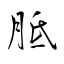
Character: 胝